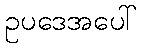
ဥပဒေအပေါ်